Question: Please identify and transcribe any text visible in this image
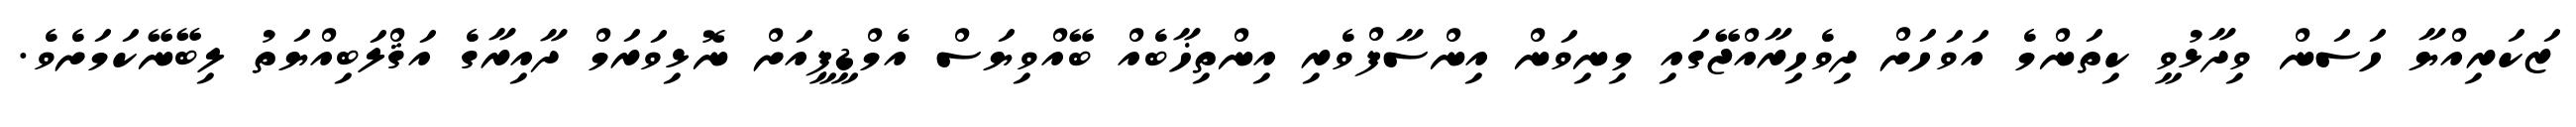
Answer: ޒަކަރިއްޔާ ހަސަން ވިދާޅުވީ ކިތަންމެ އަވަހަށް ދިވެހިރާއްޖޭގައި މިނިވަން އިންސާފްވެރި އިންތިޚާބެއް ބޭއްވިޔަސް އެމްޑީޕީއަށް ނޮޅިވަރަމް ދާއިރާގެ އަޤްލަބިއްޔަތު ލިބޭނޭކަމަށެވެ.